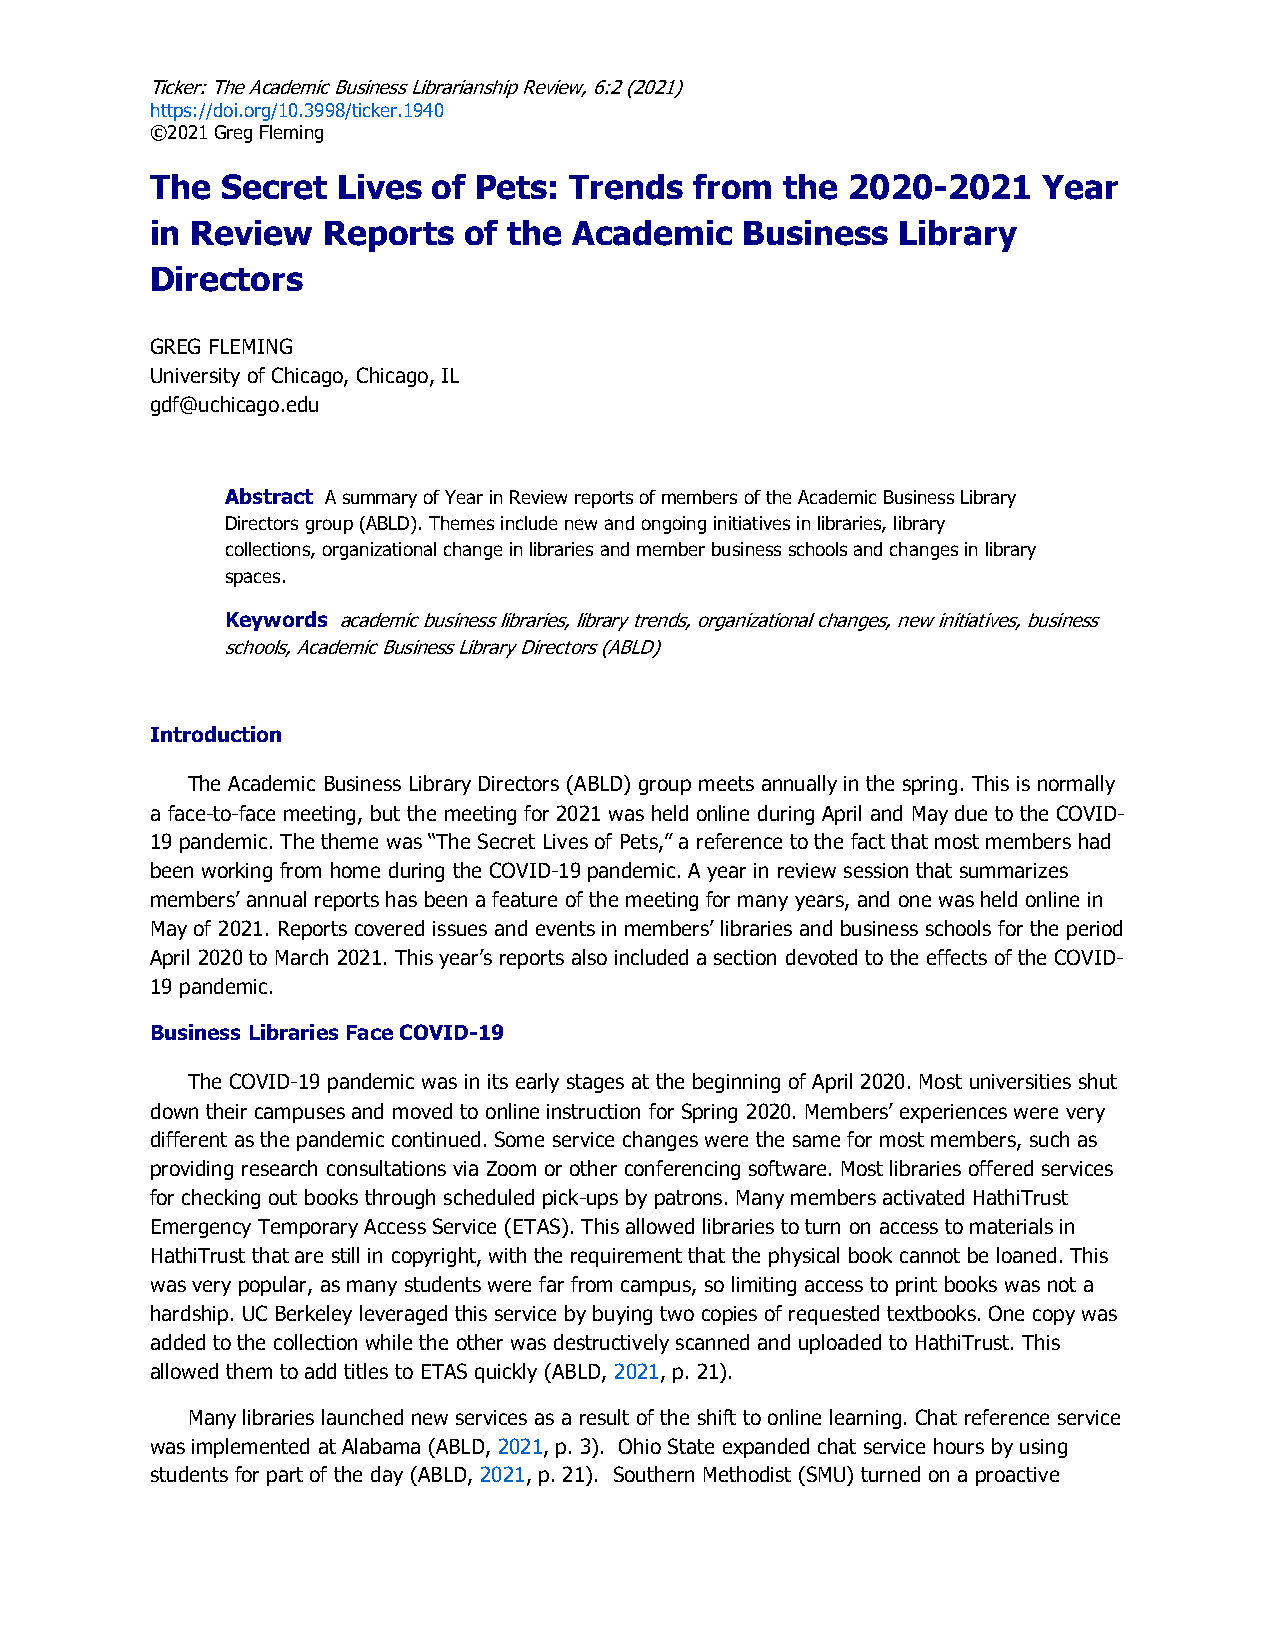
Ticker: The Academic Business Librarianship Review, 6:2 (2021)
 https://doi.org/10.3998/ticker.1940
 ©2021 Greg Fleming
 The  Secret Lives  of Pets: Trends  from  the 2020-2021    Year
 in Review  Reports   of the Academic   Business   Library
 Directors
 GREG FLEMING
 University of Chicago, Chicago, IL
 gdf@uchicago.edu
 Abstract A summary of Year in Review reports of members of the Academic Business Library
 Directors group (ABLD). Themes include new and ongoing initiatives in libraries, library
 collections, organizational change in libraries and member business schools and changes in library
 spaces.
 Keywords academic business libraries, library trends, organizational changes, new initiatives, business
 schools, Academic Business Library Directors (ABLD)
 Introduction
 The Academic Business Library Directors (ABLD) group meets annually in the spring. This is normally
 a face-to-face meeting, but the meeting for 2021 was held online during April and May due to the COVID-
 19 pandemic. The theme was “The Secret Lives of Pets,” a reference to the fact that most members had
 been working from home during the COVID-19 pandemic. A year in review session that summarizes
 members’ annual reports has been a feature of the meeting for many years, and one was held online in
 May of 2021. Reports covered issues and events in members’ libraries and business schools for the period
 April 2020 to March 2021. This year’s reports also included a section devoted to the effects of the COVID-
 19 pandemic.
 Business Libraries Face COVID-19
 The COVID-19 pandemic was in its early stages at the beginning of April 2020. Most universities shut
 down their campuses and moved to online instruction for Spring 2020. Members’ experiences were very
 different as the pandemic continued. Some service changes were the same for most members, such as
 providing research consultations via Zoom or other conferencing software. Most libraries offered services
 for checking out books through scheduled pick-ups by patrons. Many members activated HathiTrust
 Emergency Temporary Access Service (ETAS). This allowed libraries to turn on access to materials in
 HathiTrust that are still in copyright, with the requirement that the physical book cannot be loaned. This
 was very popular, as many students were far from campus, so limiting access to print books was not a
 hardship. UC Berkeley leveraged this service by buying two copies of requested textbooks. One copy was
 added to the collection while the other was destructively scanned and uploaded to HathiTrust. This
 allowed them to add titles to ETAS quickly (ABLD, 2021, p. 21).
 Many libraries launched new services as a result of the shift to online learning. Chat reference service
 was implemented at Alabama (ABLD, 2021, p. 3). Ohio State expanded chat service hours by using
 students for part of the day (ABLD, 2021, p. 21). Southern Methodist (SMU) turned on a proactive